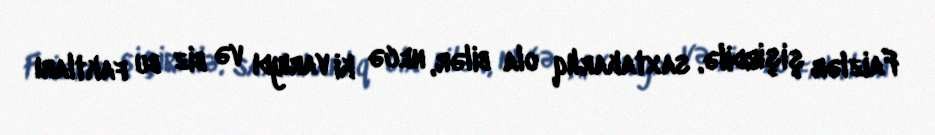
Faizlər şişirdilə, saxtakarlıq ola bilər, necə ki varıydı və biz bu faktları